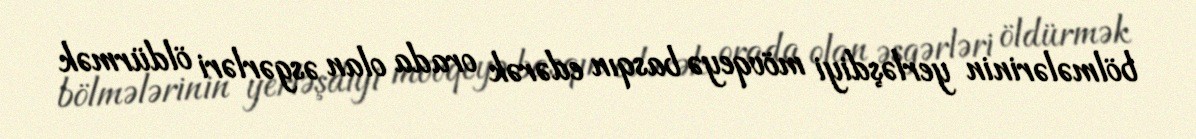
bölmələrinin yerləşdiyi mövqeyə basqın edərək orada olan əsgərləri öldürmək